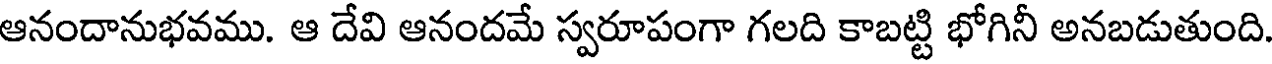
ఆనందానుభవము. ఆ దేవి ఆనందమే స్వరూపంగా గలది కాబట్టి భోగినీ అనబడుతుంది